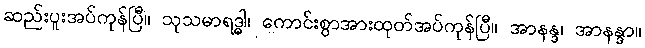
ဆည်းပူးအပ်ကုန်ပြီ။ သုသမာရဒ္ဓါ၊ ကောင်းစွာအားထုတ်အပ်ကုန်ပြီ။ အာနန္ဒ၊ အာနန္ဒာ။